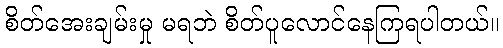
စိတ်အေးချမ်းမှု မရဘဲ စိတ်ပူလောင်နေကြရပါတယ်။